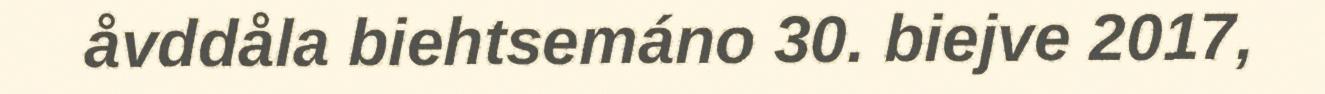
åvddåla biehtsemáno 30. biejve 2017,